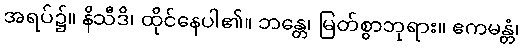
အရပ်၌။ နိသီဒိ၊ ထိုင်နေပါ၏။ ဘန္တေ၊ မြတ်စွာဘုရား။ ဧကမန္တံ၊